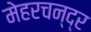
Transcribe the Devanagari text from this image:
मेहरचन्द्र